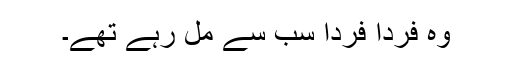
وہ فرداً فرداً سب سے مل رہے تھے۔